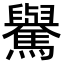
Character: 𩦡